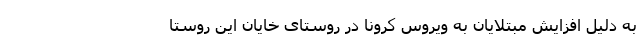
به دلیل افزایش مبتلایان به ویروس کرونا در روستای خایان این روستا